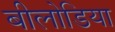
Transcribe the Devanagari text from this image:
बीलोडिया